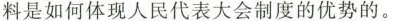
料是如何体现人民代表大会制度的优势的。